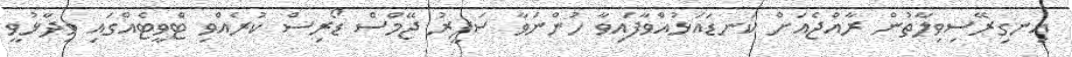
އިނގިރޭސިވިލާތުން ރާއްޖެއަށް ކަނޑައަޅުއްވާފައިވާ ހުންނަވާ ސަފީރު ޖޭމްސް ޑޯރިސް ކުރެއްވި ޓްވީޓެއްގައި ވިދާޅުވީ